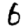
Digit: 6